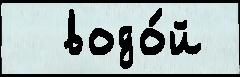
  водо́й